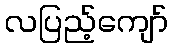
လပြည့်ကျော်